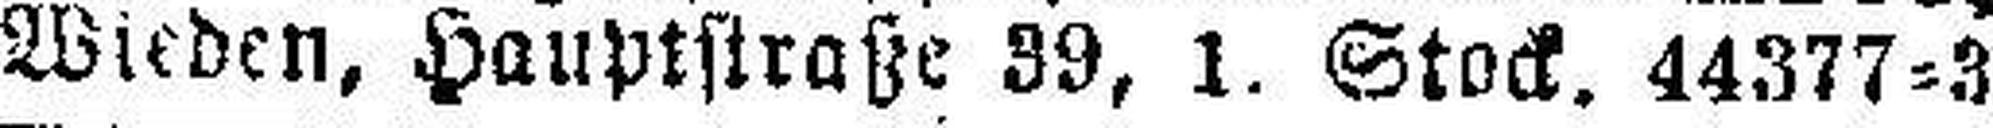
Wieden, Hauptstraße 39, 1. Stock. 44377=3